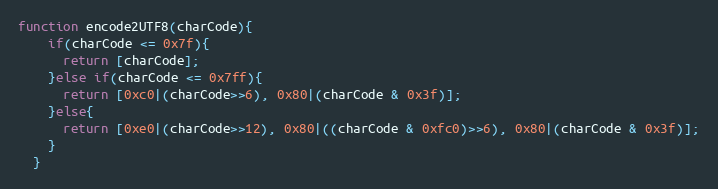
Language: JavaScript
function encode2UTF8(charCode){
    if(charCode <= 0x7f){
      return [charCode];
    }else if(charCode <= 0x7ff){
      return [0xc0|(charCode>>6), 0x80|(charCode & 0x3f)];
    }else{
      return [0xe0|(charCode>>12), 0x80|((charCode & 0xfc0)>>6), 0x80|(charCode & 0x3f)];
    }
  }